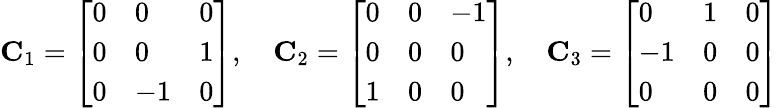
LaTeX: \mathbf{C}_{1}={\left[\begin{array}{lll}{0}&{0}&{0}\\ {0}&{0}&{1}\\ {0}&{-1}&{0}\end{array}\right]},\quad\mathbf{C}_{2}={\left[\begin{array}{lll}{0}&{0}&{-1}\\ {0}&{0}&{0}\\ {1}&{0}&{0}\end{array}\right]},\quad\mathbf{C}_{3}={\left[\begin{array}{lll}{0}&{1}&{0}\\ {-1}&{0}&{0}\\ {0}&{0}&{0}\end{array}\right]}